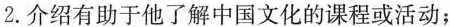
2.介绍有助于他了解中国文化的课程或活动；